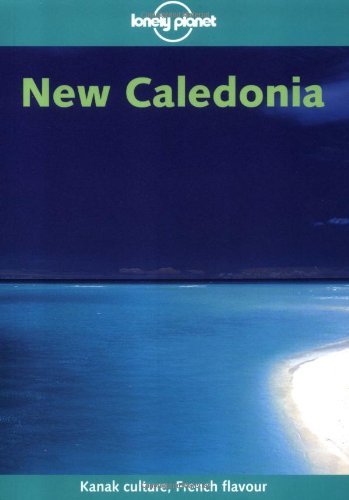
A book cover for Lonely Planet Caledonia (Lonely Planet New Caledonia); Leanne Logan; Travel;